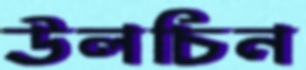
উলচিন